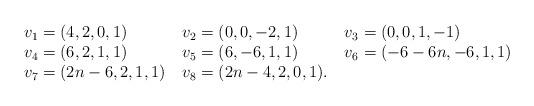
LaTeX: \begin{align*}\begin{tabular}{lll}$ v_1=(4,2,0,1) $ & $ v_2=(0,0,-2,1)$ & $v_3=(0,0,1,-1)$ \\$ v_4=(6,2,1,1) $ & $ v_5=(6,-6,1,1) $ & $v_6=(-6-6n,-6,1,1)$\\$ v_7=(2n-6,2,1,1) $ & $ v_8=(2n-4,2,0,1) $. &\\\end{tabular}\end{align*}